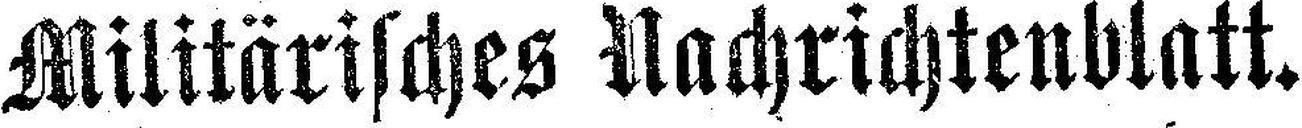
Militärisches Nachrichtenblatt.